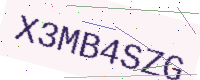
Text: X3MB4SZG